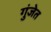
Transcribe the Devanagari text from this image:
गुंजेत